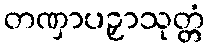
တဏှာပဉှာသုတ္တံ